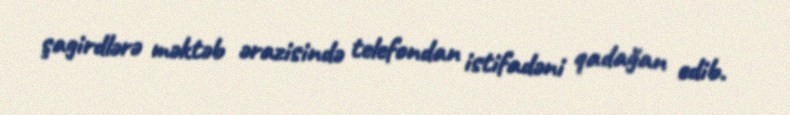
şagirdlərə məktəb ərazisində telefondan istifadəni qadağan edib.